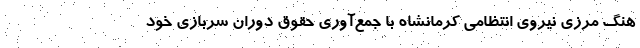
هنگ مرزی نیروی انتظامی کرمانشاه با جمع‌آوری حقوق دوران سربازی خود